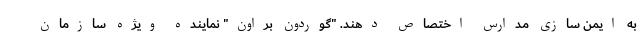
به ایمن سازی مدارس اختصاص دهند. "گوردون براون" نماینده ویژه سازمان